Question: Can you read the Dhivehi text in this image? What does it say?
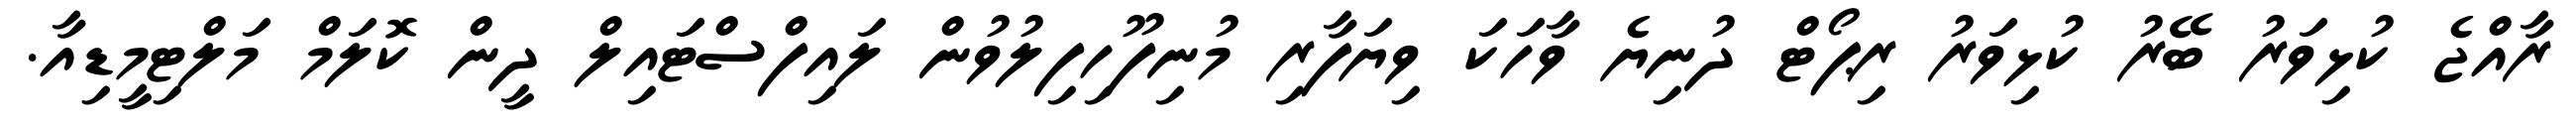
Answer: ރާއްޖެ ކުޅިވަރު ބޭރު ކުޅިވަރު ރިޕޯޓް ދުނިޔެ ވާހަކަ ވިޔަފާރި މުނިފޫހިފިލުވުން ލައިފްސްޓައިލް ދީން ކޮލަމް މަލްޓިމީޑިއާ.